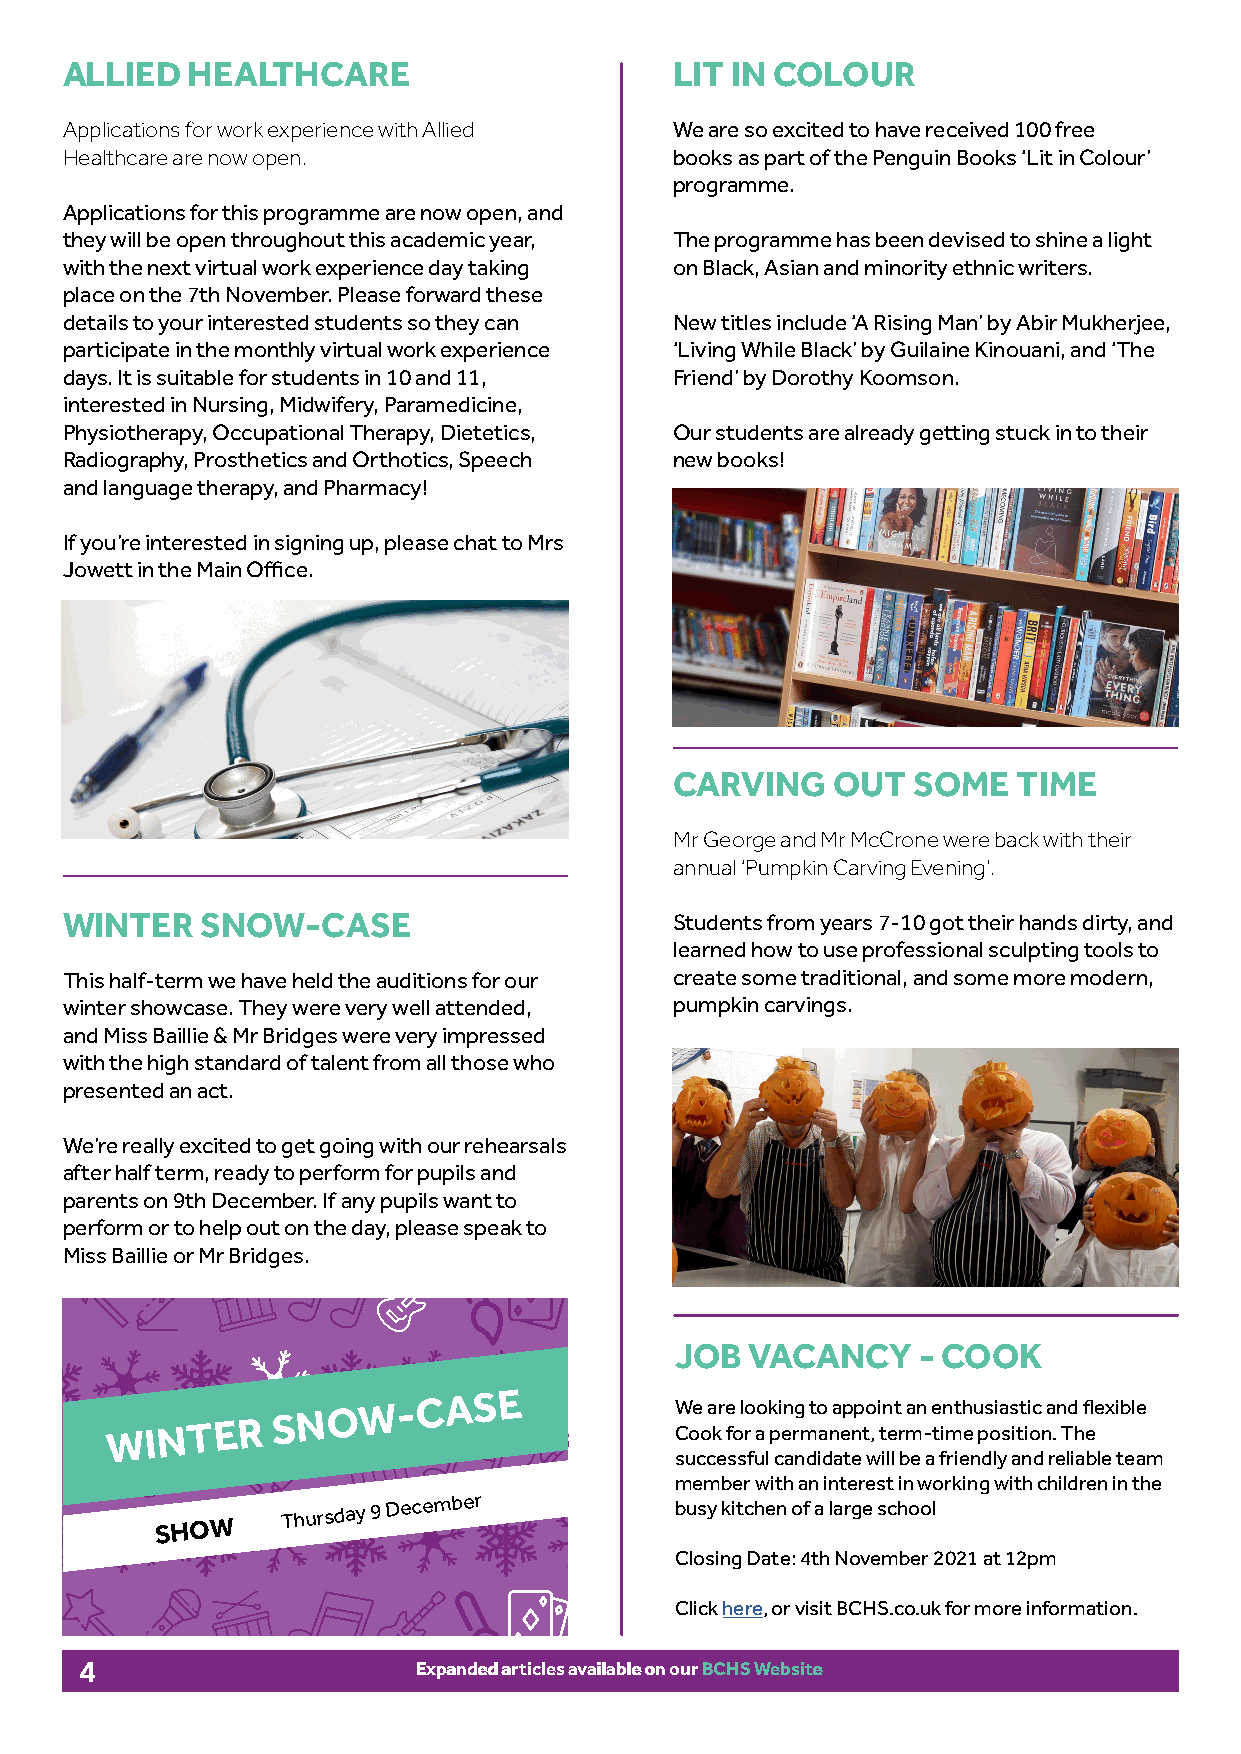
ALLIED  HEALTHCARE                       LIT IN COLOUR
 Applications for work experience with Allied We are so excited to have received 100 free
 Healthcare are now open.                 books as part of the Penguin Books ‘Lit in Colour’
 programme.
 Applications for this programme are now open, and
 they will be open throughout this academic year, The programme has been devised to shine a light
 with the next virtual work experience day taking on Black, Asian and minority ethnic writers.
 place on the 7th November. Please forward these
 details to your interested students so they can New titles include ‘A Rising Man’ by Abir Mukherjee,
 participate in the monthly virtual work experience ‘Living While Black’ by Guilaine Kinouani, and ‘The
 days. It is suitable for students in 10 and 11, Friend’ by Dorothy Koomson.
 interested in Nursing, Midwifery, Paramedicine,
 Physiotherapy, Occupational Therapy, Dietetics, Our students are already getting stuck in to their
 Radiography, Prosthetics and Orthotics, Speech new books!
 and language therapy, and Pharmacy!
 If you’re interested in signing up, please chat to Mrs
 Jowett in the Main Office.
 CARVING   OUT  SOME   TIME
 Mr George and Mr McCrone were back with their
 annual ‘Pumpkin Carving Evening’.
 WINTER   SNOW-CASE                       Students from years 7-10 got their hands dirty, and
 learned how to use professional sculpting tools to
 This half-term we have held the auditions for our create some traditional, and some more modern,
 winter showcase. They were very well attended, pumpkin carvings.
 and Miss Baillie & Mr Bridges were very impressed
 with the high standard of talent from all those who
 presented an act.
 We’re really excited to get going with our rehearsals
 after half term, ready to perform for pupils and
 parents on 9th December. If any pupils want to
 perform or to help out on the day, please speak to
 Miss Baillie or Mr Bridges.
 JOB  VACANCY    - COOK
 WINTER
 SNOW-CASE
 W Coe
 o
 a kr e
 fo
 lo
 r
 ao k pi en rg
 m
 to
 a
 na ep np to
 ,
 i tn et
 r
 a mn
 -
 e tin mth eu ps oia ss itt ii oc
 n
 a .n Td
 h
 fl ee xible
 successful candidate will be a friendly and reliable team
 member with an interest in working with children in the
 SHOW
 Thursday 9
 December
 busy kitchen of a large school
 Closing Date: 4th November 2021 at 12pm
 Click here, or visit BCHS.co.uk for more information.
 4                      EExxppaannddeedd aarrttiicclleess aavvaaiillaabbllee oonn oouurr BBCCHHSS WWeebbssiittee